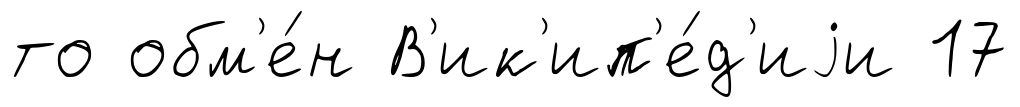
то обм'е́н В'ик'ип'е́д'иjи 17